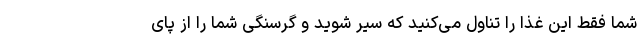
شما فقط این غذا را تناول می‌کنید که سیر شوید و گرسنگی شما را از پای